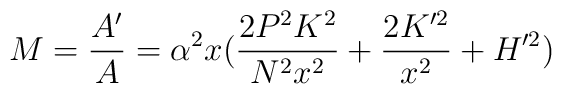
M = {A' \over A} = \alpha^2 x(      {2 P^2 K^2 \over N^2 x^2} + {2 K'^2 \over x^2} + H'^2 )